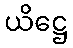
ယိဋ္ဌေ